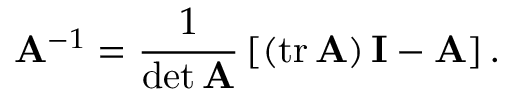
\mathbf { A } ^ { - 1 } = { \frac { 1 } { \operatorname* { d e t } \mathbf { A } } } \left[ \left( \operatorname { t r } \mathbf { A } \right) \mathbf { I } - \mathbf { A } \right] .